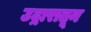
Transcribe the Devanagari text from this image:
उद्गारातून